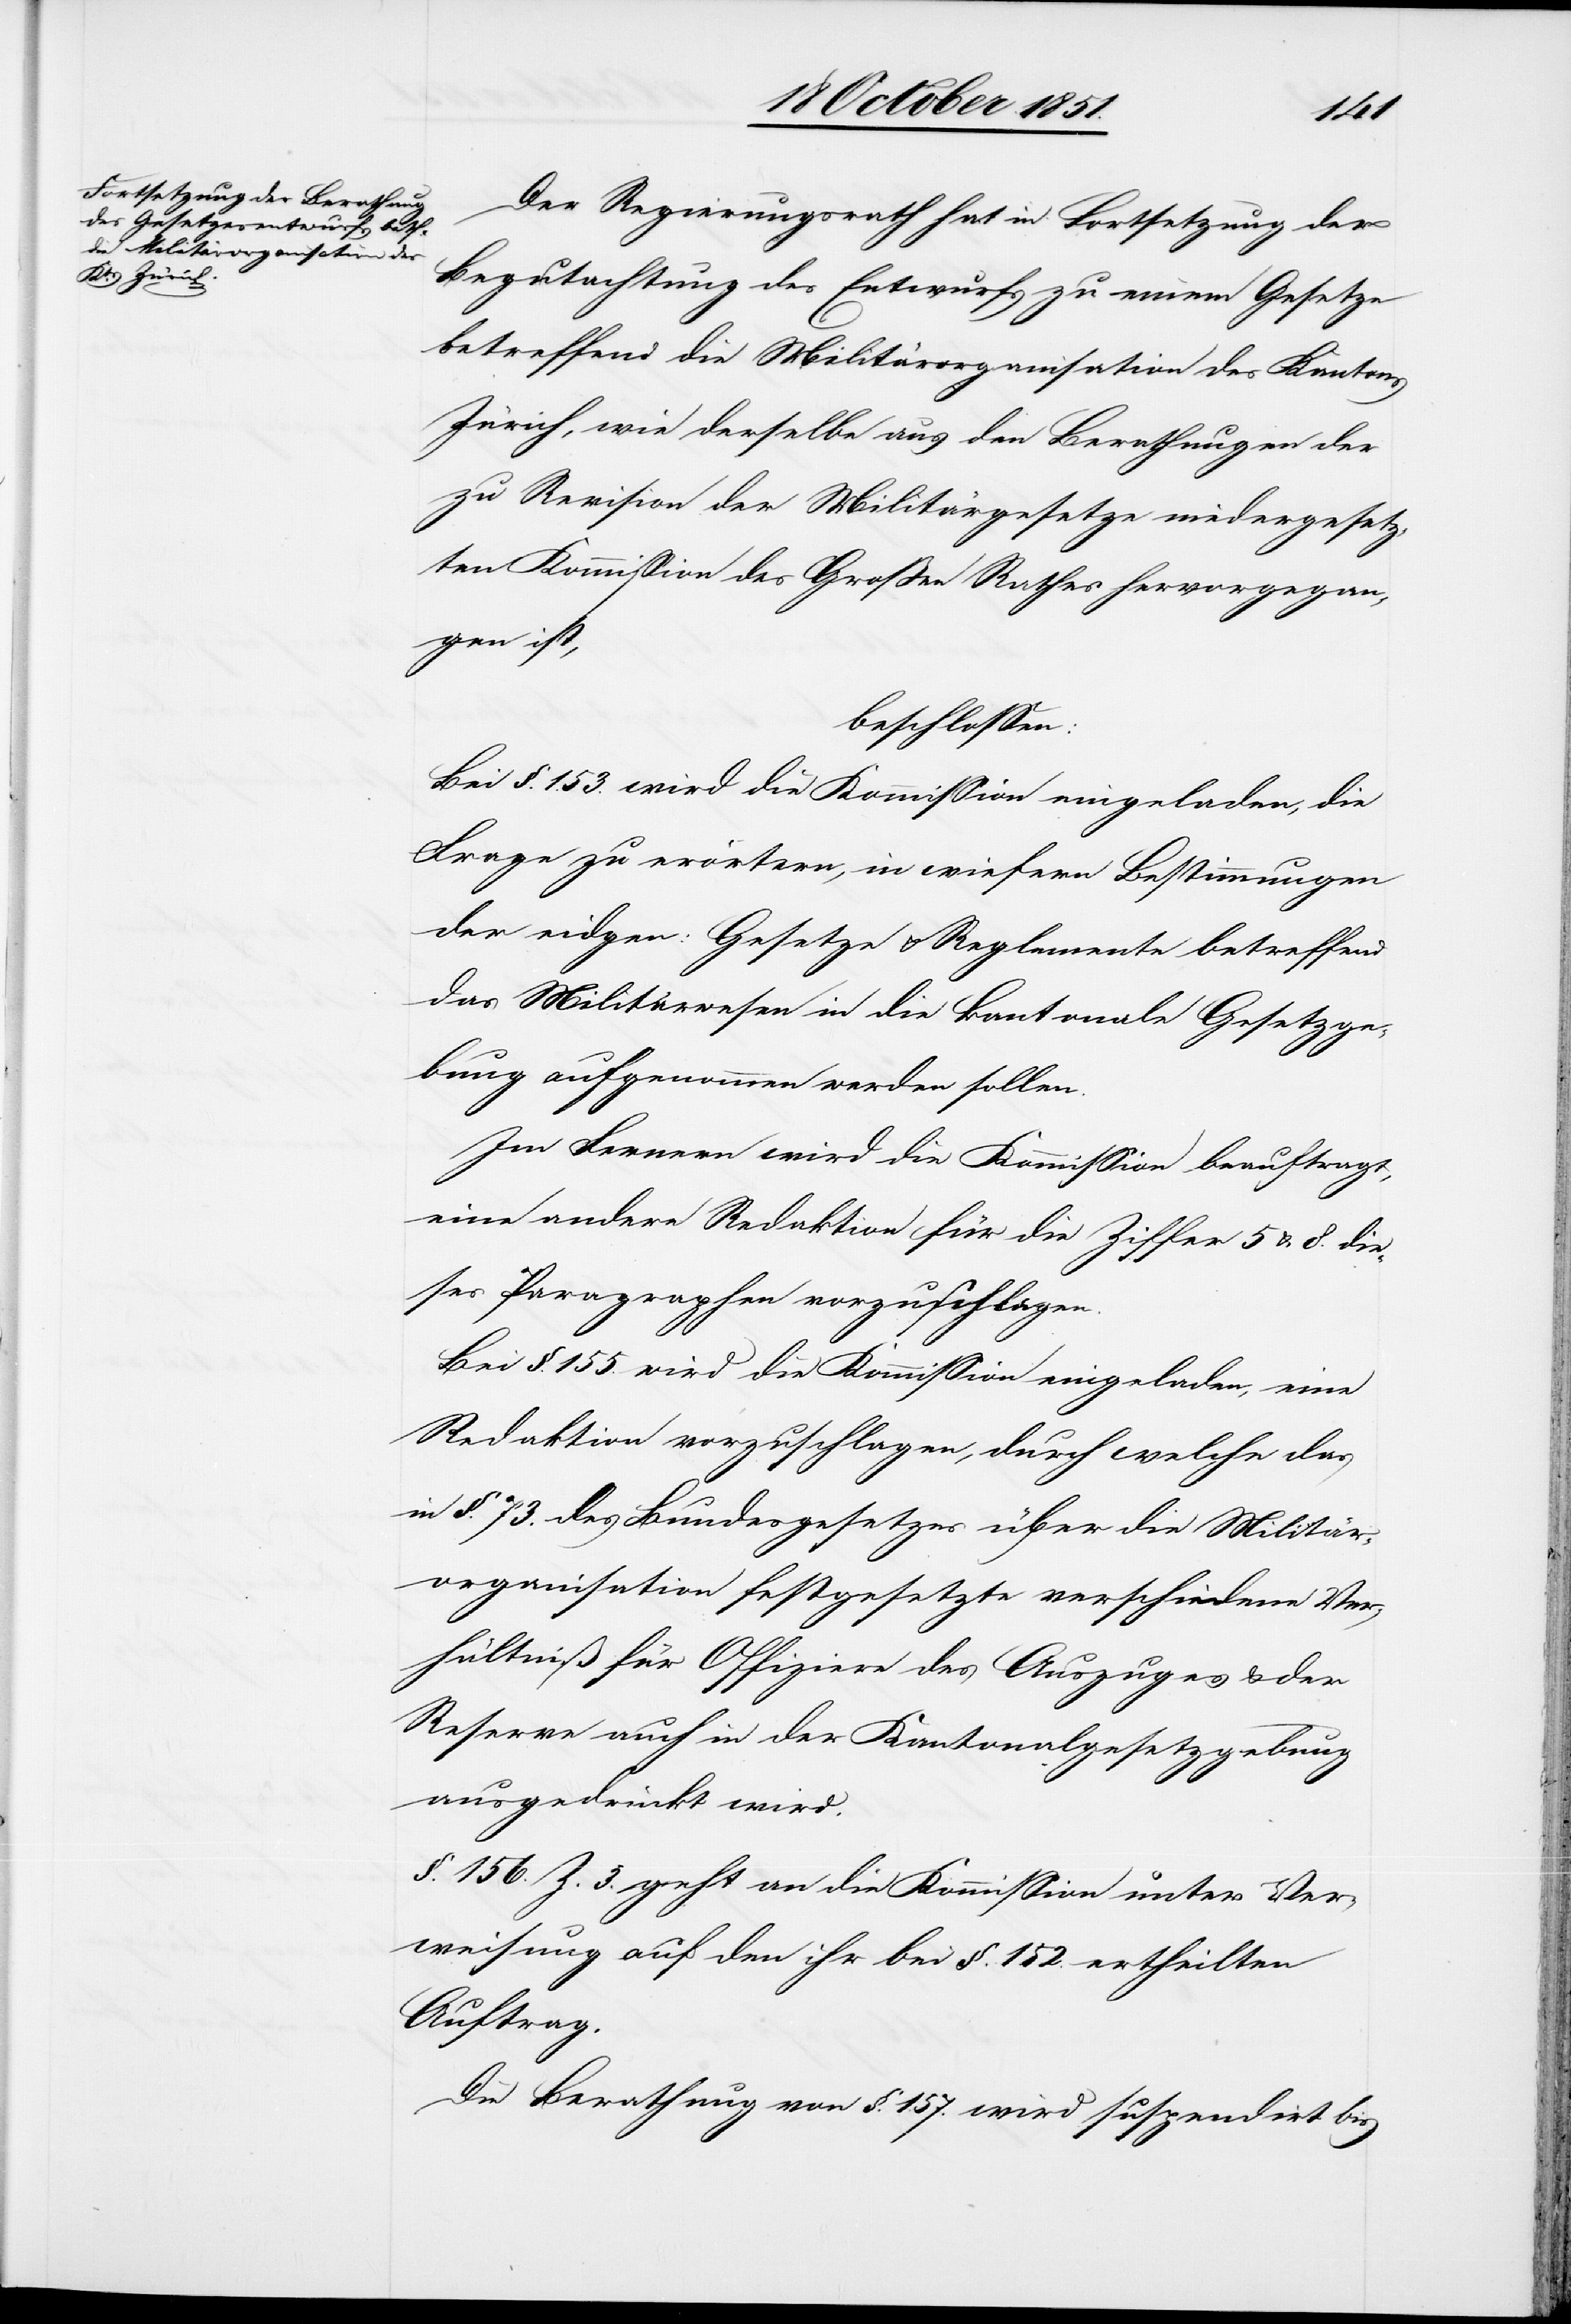
Der Regierungsrath hat in Fortsetzung der
Begutachtung des Entwurfs zu einem Gesetze
betreffend die Militärorganisation des Kantons
Zürich, wie derselbe aus den Berathungen der
zu Revision der Militärgesetze niedergesetz¬
ten Kommission des Großen Rathes hervorgegan¬
gen ist,
beschlossen:
Bei §. 153. wird die Kommission eingeladen, die
Frage zu erörtern, in wiefern Bestimmungen
der eidgen: Gesetze & Reglemente betreffend
das Militärwesen in die kantonale Gesetzge¬
bung aufgenommen werden sollen.
Im Fernern wird die Kommission beauftragt,
eine andere Redaktion für die Ziffer 5 & 8. die¬
ses Paragraphen vorzuschlagen.
Bei §. 155. wird die Kommission eingeladen, eine
Redaktion vorzuschlagen, durch welche das
in §. 73. des Bundesgesetzes über die Militär¬
organisation festgesetzte verschiedene Ver¬
hältniß für Offiziere des Auszuges & der
Reserve auch in der Kantonalgesetzgebung
ausgedrückt wird.
§. 156. Z. 3. geht an die Kommission unter Ver¬
weisung auf den ihr bei §. 152. ertheilten
Auftrag.
Die Berathung von §. 157. wird suspendirt bis